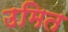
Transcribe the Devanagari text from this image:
उमित